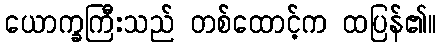
ယောက္ခကြီးသည် တစ်ထောင့်က ထပြန်၏။